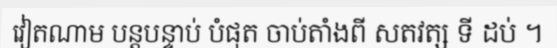
វៀតណាម បន្តបន្ទាប់ បំផុត ចាប់តាំងពី សតវត្ស ទី ដប់ ។